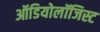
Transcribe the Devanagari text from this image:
ऑडियोलॉजिस्ट